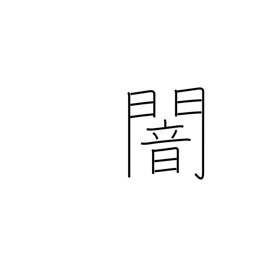
Meaning: gloom